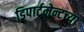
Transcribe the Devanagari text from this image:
डिपार्टमेन्टच्या